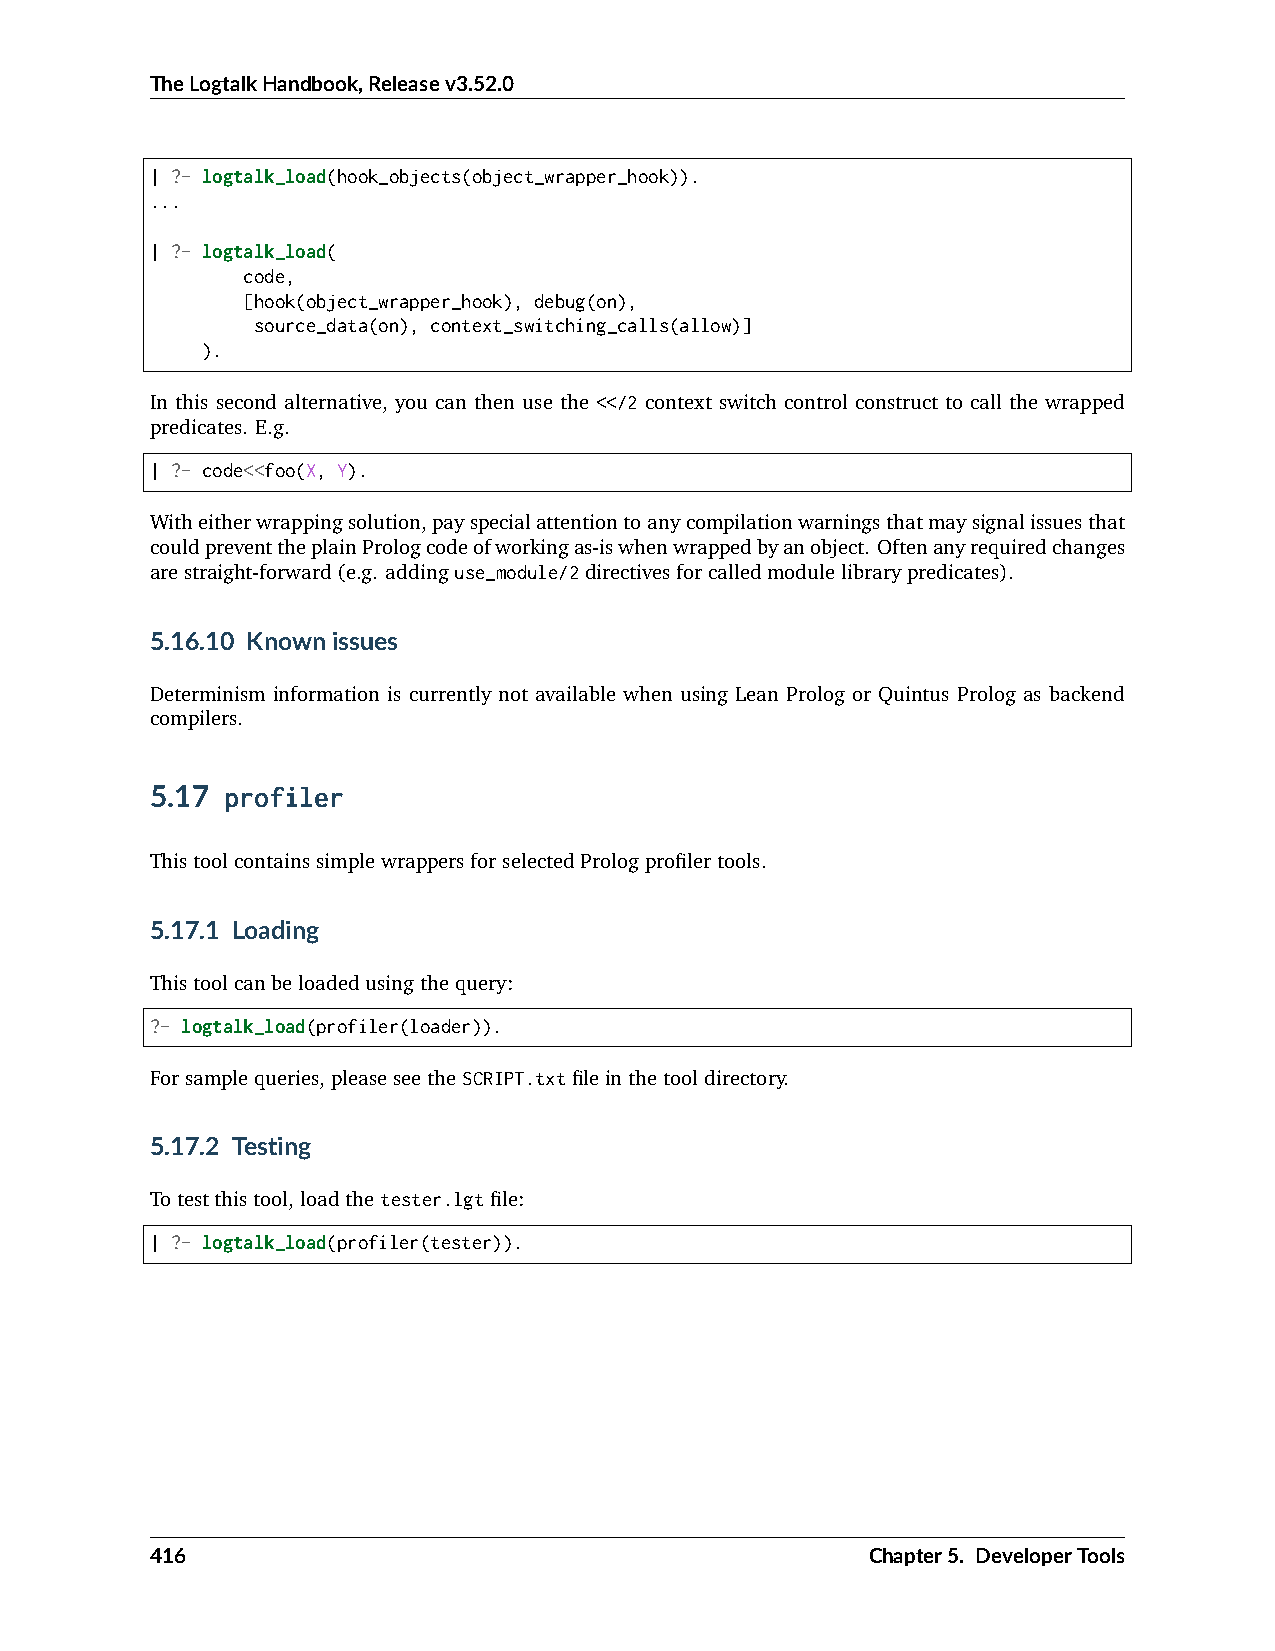
TheLogtalkHandbook,Releasev3.52.0
 | ?- logtalk_load(hook_objects(object_wrapper_hook)).
 ...
 | ?- logtalk_load(
 code,
 [hook(object_wrapper_hook), debug(on),
 source_data(on), context_switching_calls(allow)]
 ).
 In this second alternative, you can then use the <</2 context switch control construct to call the wrapped
 predicates. E.g.
 | ?- code<<foo(X, Y).
 Witheitherwrappingsolution,payspecialattentiontoanycompilationwarningsthatmaysignalissuesthat
 couldpreventtheplainPrologcodeofworkingas-iswhenwrappedbyanobject. Oftenanyrequiredchanges
 arestraight-forward(e.g. addinguse_module/2directivesforcalledmodulelibrarypredicates).
 5.16.10 Knownissues
 Determinism information is currently not available when using Lean Prolog or Quintus Prolog as backend
 compilers.
 5.17 profiler
 ThistoolcontainssimplewrappersforselectedPrologprofilertools.
 5.17.1 Loading
 Thistoolcanbeloadedusingthequery:
 ?- logtalk_load(profiler(loader)).
 Forsamplequeries,pleaseseetheSCRIPT.txtfileinthetooldirectory.
 5.17.2 Testing
 Totestthistool,loadthetester.lgtfile:
 | ?- logtalk_load(profiler(tester)).
 416                                             Chapter5. DeveloperTools